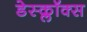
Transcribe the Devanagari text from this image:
डेस्क्लॉक्स